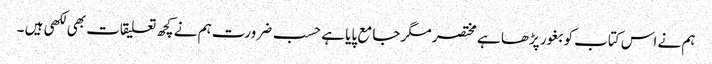
ہم نے اس کتاب کو بغور پڑھا ہے مختصر مگر جامع پایا ہے حسب ضرورت ہم نے کچھ تعلیقات بھی لکھی ہیں ۔